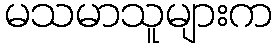
မသမာသူများက